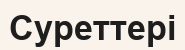
Суреттері